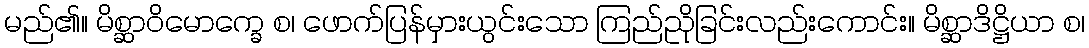
မည်၏။ မိစ္ဆာဝိမောက္ခေ စ၊ ဖောက်ပြန်မှားယွင်းသော ကြည်ညိုခြင်းလည်းကောင်း။ မိစ္ဆာဒိဋ္ဌိယာ စ၊